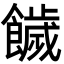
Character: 饖